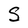
Character: S